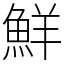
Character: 鮮